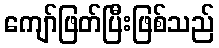
ကျော်ဖြတ်ပြီးဖြစ်သည်